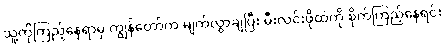
သူ့ကိုကြည့်နေရာမှ ကျွန်တော်က မျက်လွှာချပြီး မီးလင်းဖိုထဲကို စိုက်ကြည့်နေရင်း